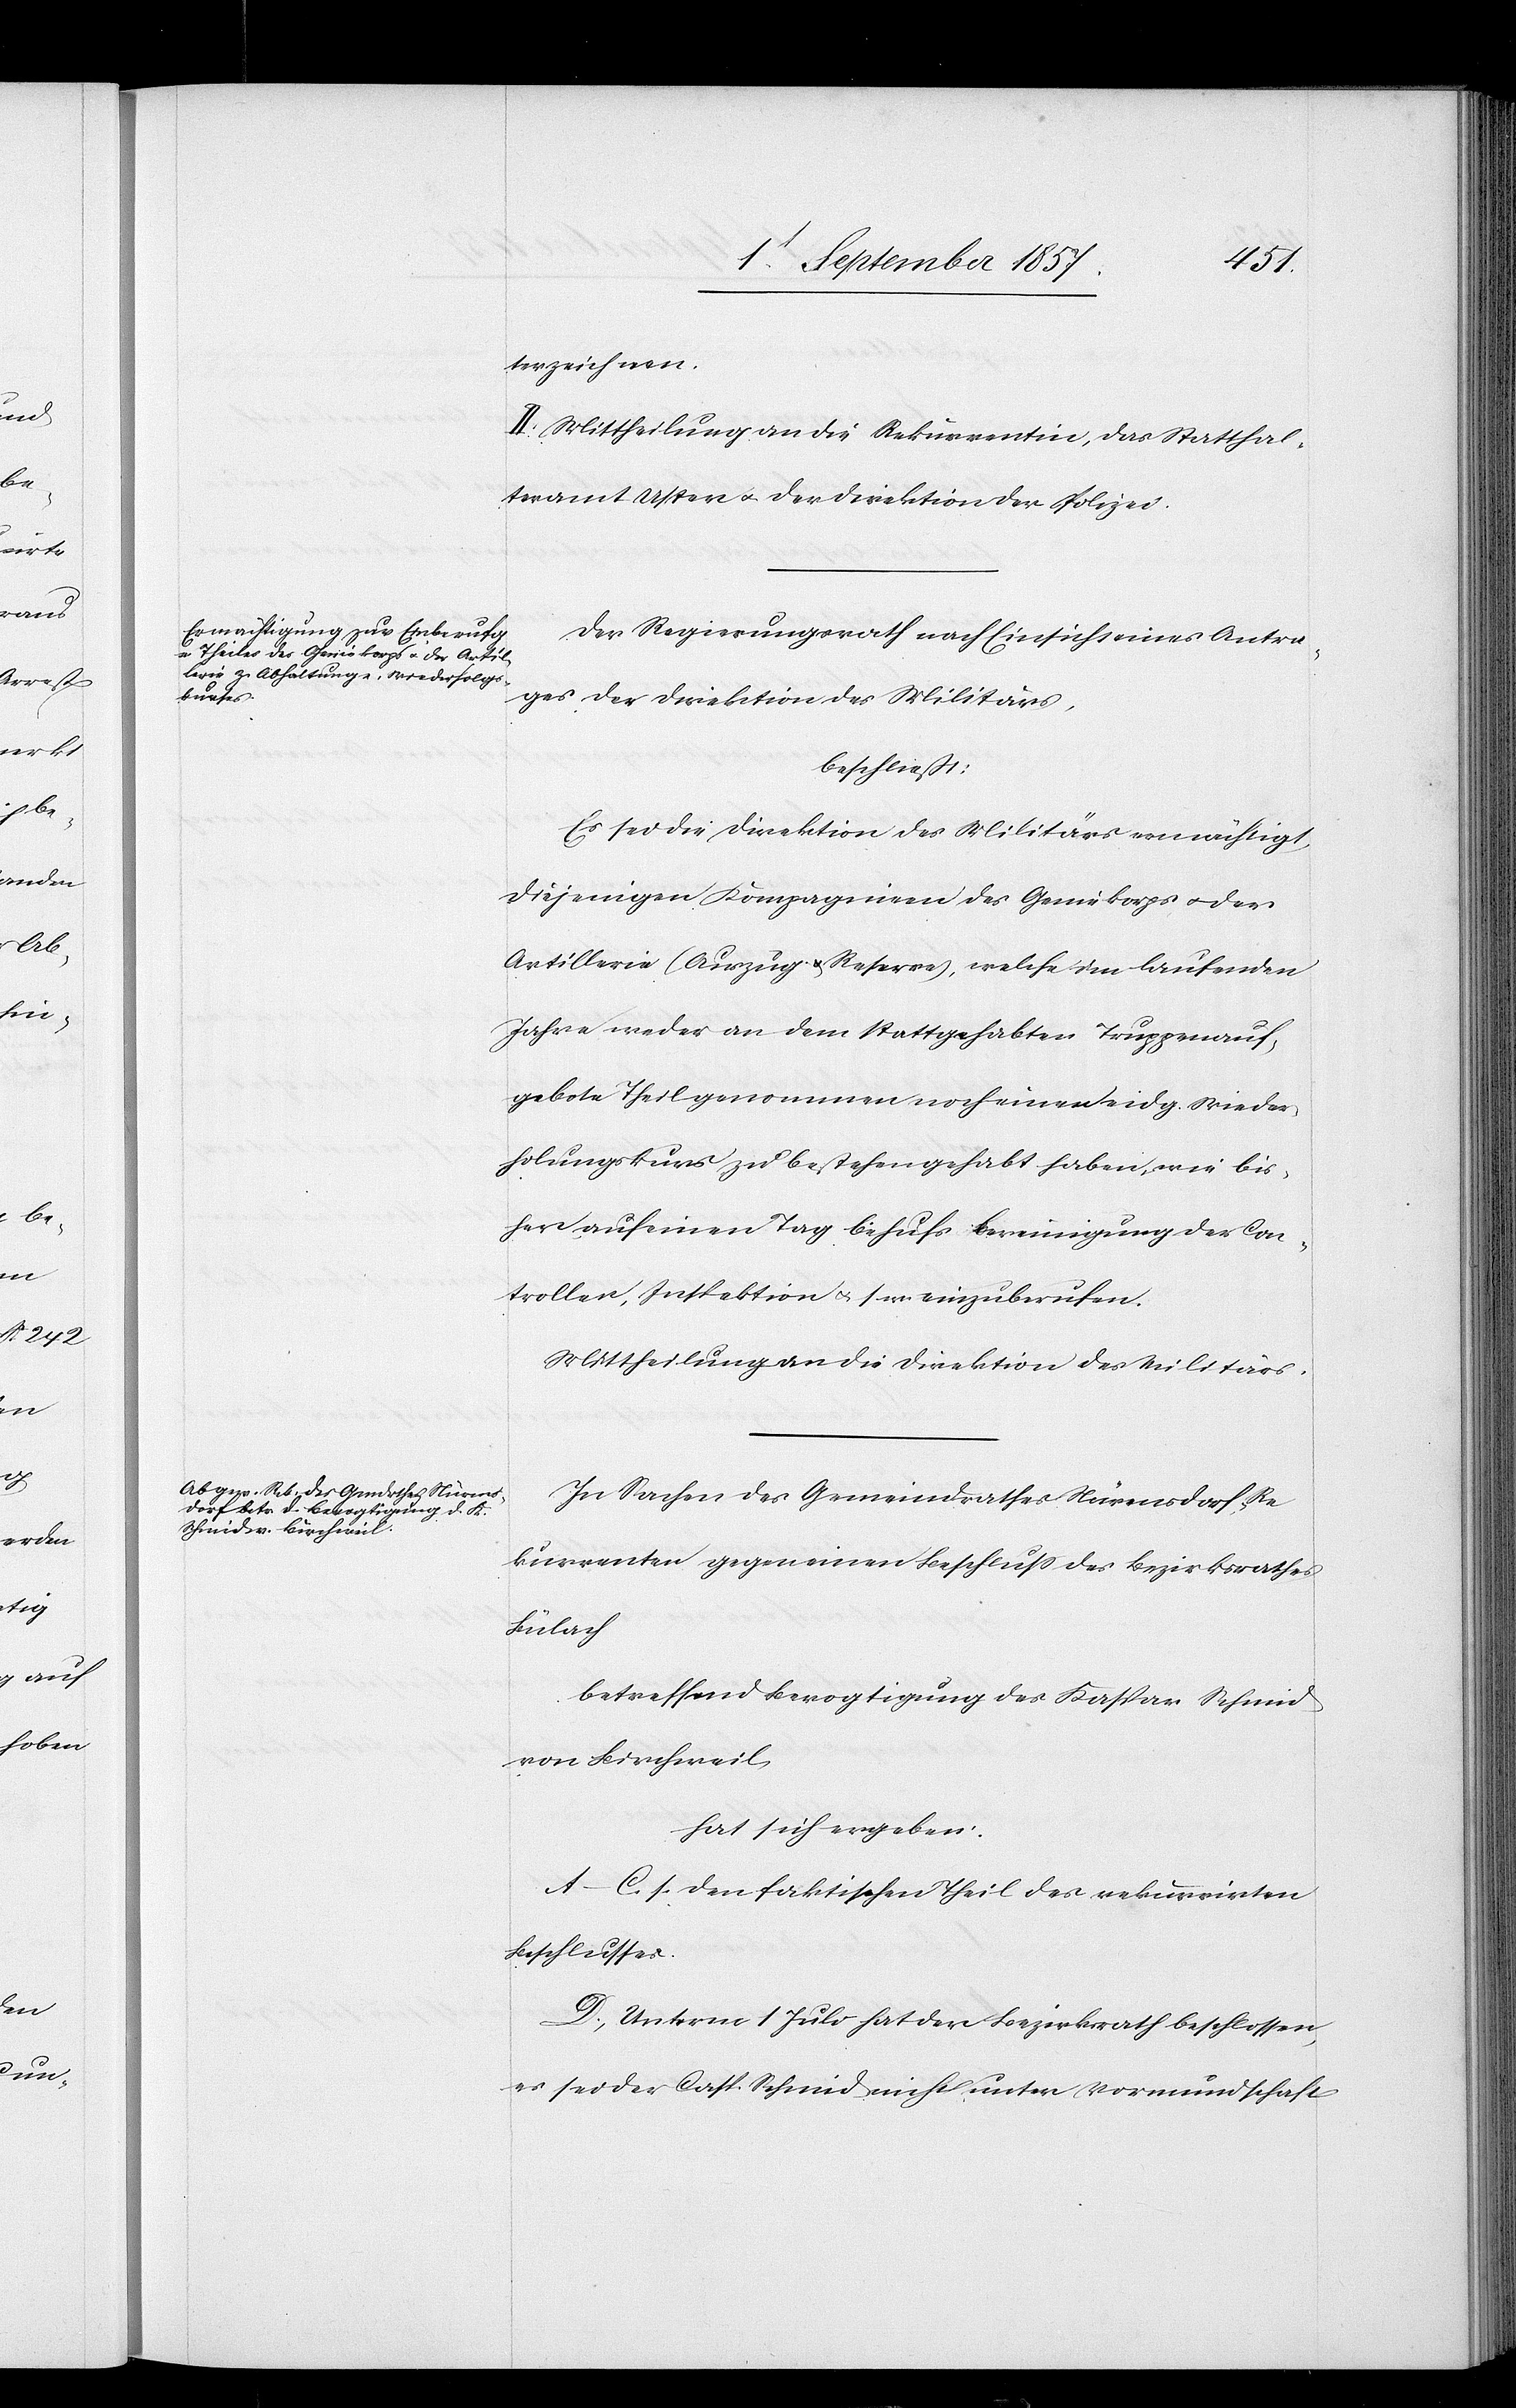
terzeichnen.
II. Mittheilung an die Rekurrentin, das Statthal¬
teramt Uster & der Direktion der Polizei.
Der Regierungsrath nach Einsicht eines Antra¬
ges der Direktion des Militärs,
beschließt:
Es sei die Direktion des Militärs ermächtigt,
diejenigen Kompagnien des Geniekorps & der
Artillerie (Auszug & Reserve), welche im laufenden
Jahre weder an dem stattgehabten Truppenauf¬
gebote Theil genommen noch einen eidg. Wieder¬
holungskurs zu bestehen gehabt haben, wie bis¬
her auf einen Tag behufs Bereinigung der Con¬
troller, Inspektion &. s. w. einzuberufen.
Mittheilung an die Direktion des Militärs.
In Sachen des Gemeindrathes Nürensdorf, Re¬
kurrenten gegen einen Beschluß des Bezirksrathes
Bülach
betreffend Bevogtigung des Kaspar Schmid
von Birchweil,
hat sich ergeben:
A–C. s. den faktischen Theil des rekurrirten
Beschlusses.
D. Unterm 1 Juli hat der Bezirksrath beschlossen,
es sei der Casp. Schmid nicht unter Vormundschaft